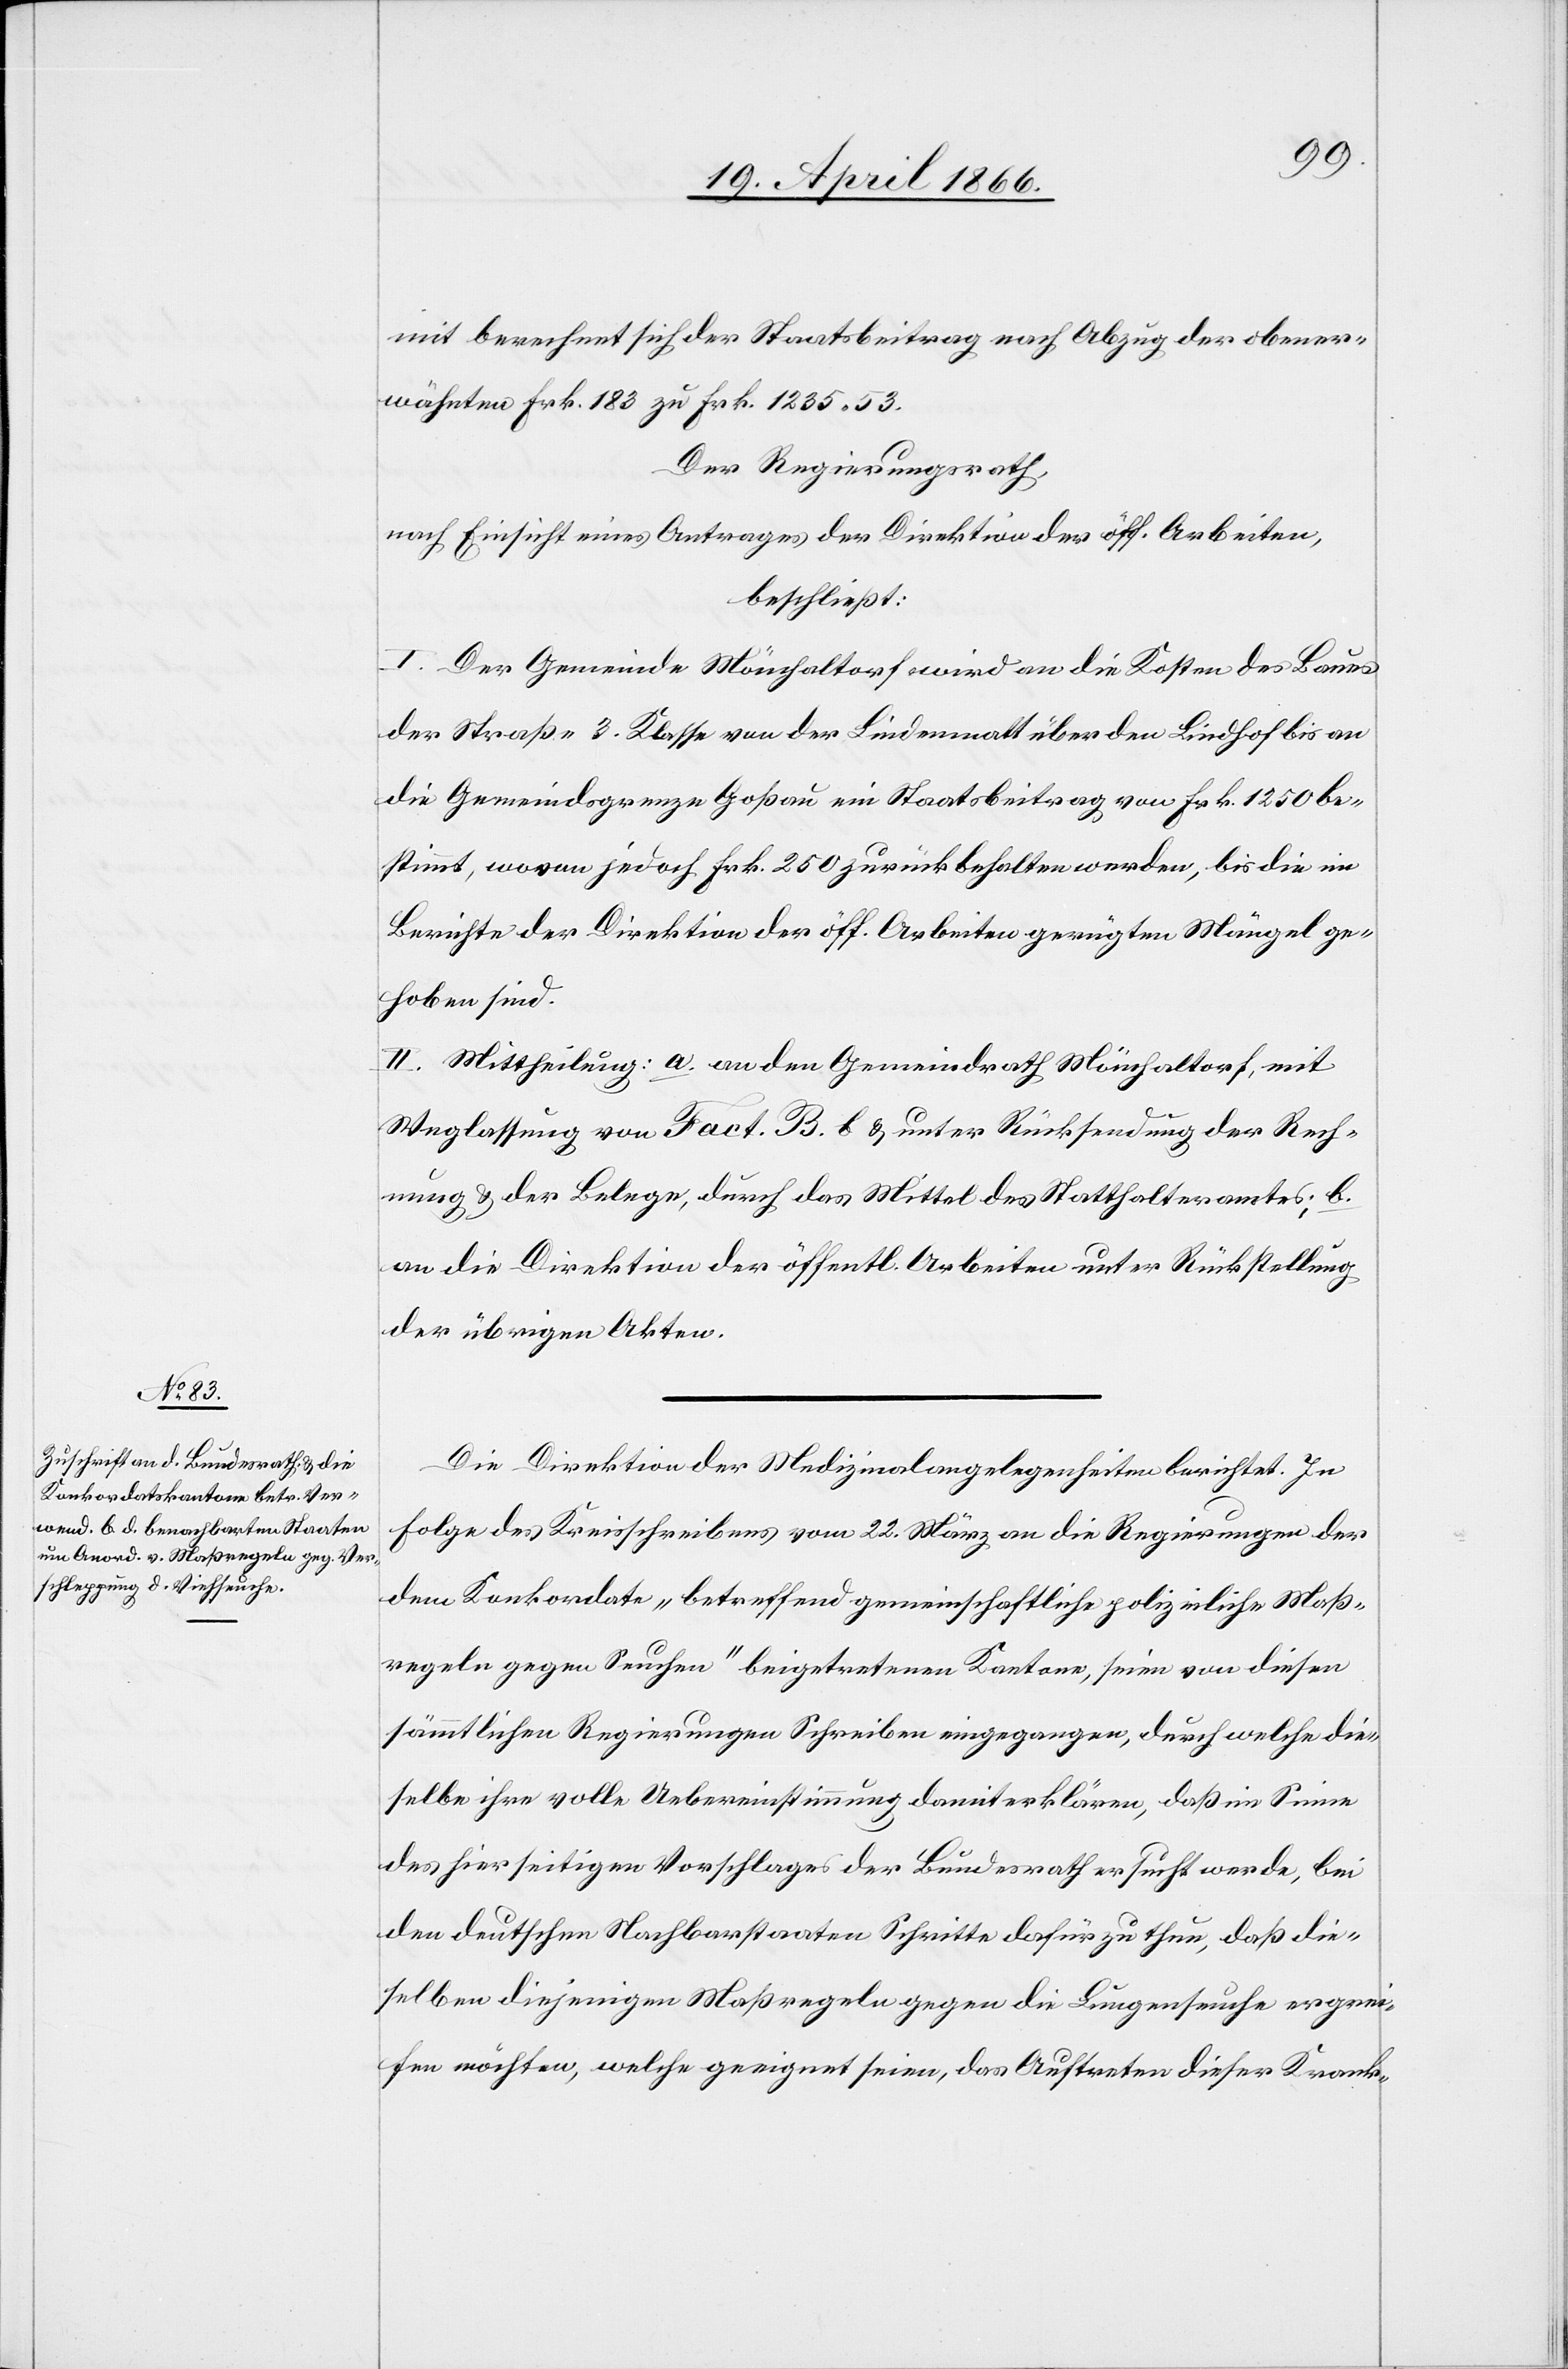
mit berechnet sich der Staatsbeitrag nach Abzug der obener¬
wähnten Frk. 183 zu Frk. 1235.53.
Der Regierungsrath,
nach Einsicht eines Antrages der Direktion der öff. Arbeiten,
beschließt:
I. Der Gemeinde Mönchaltorf wird an die Kosten des Baues
der Straße 3. Klasse von der Lindenmatt über den Lindhof bis an
die Gemeindsgrenze Goßau ein Staatsbeitrag von Frk. 1250 be¬
stimmt, wovon jedoch Frk. 250 zurückbehalten werden, bis die im
Berichte der Direktion der öff. Arbeiten gerügten Mängel ge¬
hoben sind.
II. Mittheilung: a. an den Gemeindrath Mönchaltorf, mit
Weglassung von Fact. B b u. unter Rückstellung der Rech¬
nung u. der Belege, durch das Mittel des Statthalteramtes; b.
an die Direktion der öffentl. Arbeiten unter Rückstellung
der übrigen Akten.
Die Direktion der Medizinalangelegenheiten berichtet. In
Folge des Kreisschreibens vom 22. März an die Regierungen der
dem Konkordate „betreffend gemeinschaftliche polizeiliche Maß¬
regeln gegen Seuchen“ beigetretenen Kantone, seien von diesen
sämmtlichen Regierungen Schreiben eingegangen, durch welche dies¬
elbe
des hierseitigen Vorschlages der Bundesrath ersucht werde, bei
den deutschen Nachbarstaaten Schritte dafür zu thun, daß die¬
selben diejenigen Maßregeln gegen die Lungenseuche ergrei¬
fen möchten, welche geeignet seien, das Auftreten dieser Krank-